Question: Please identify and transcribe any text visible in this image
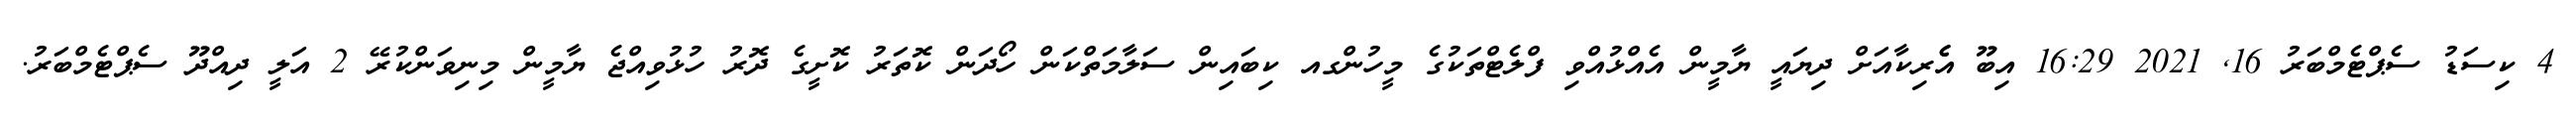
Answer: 4 ކިސަޑު ސެޕްޓެމްބަރު 16, 2021 16:29 އިބޫ އެެރިކާއަށް ދިޔައީ ޔާމީން އެއްޅުއްވި ފްލެޓްތަކުގެ މީހުންގއ ކިބައިން ސަލާމަތްކަން ހޯދަން ކޮތަރު ކޮށީގެ ދޮރު ހުޅުވިއްޖެ ޔާމީން މިނިވަންކުރޭ 2 އަލީ ދިއްދޫ ސެޕްޓެމްބަރު.